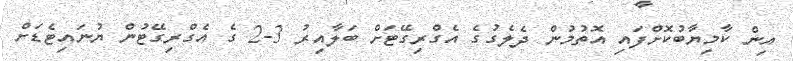
އިން ކާމިޔާބުކޮށްފައި އޮތުމުން ދެލެގުގެ އެގްރިގޭޓަށް ބަލާއިރު 3-2 ގެ އެގްރިގޭޓުން ޔުނައިޓެޑަށް